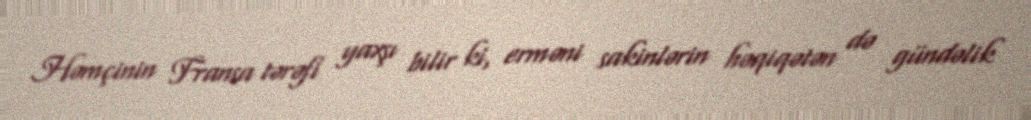
Həmçinin Fransa tərəfi yaxşı bilir ki, erməni sakinlərin həqiqətən də gündəlik